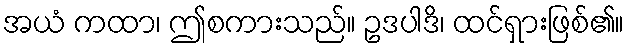
အယံ ကထာ၊ ဤစကားသည်။ ဥဒပါဒိ၊ ထင်ရှားဖြစ်၏။